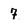
Character: 7